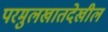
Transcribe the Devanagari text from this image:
परमुलखातदेखील